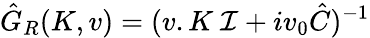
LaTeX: \hat{G}_{R}(K,v)=(v.K\ {\mathcal{I}}+iv_{0}\hat{C})^{-1}